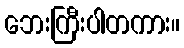
ဘေးကြီးပါတကား။